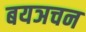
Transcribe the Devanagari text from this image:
बयञचन